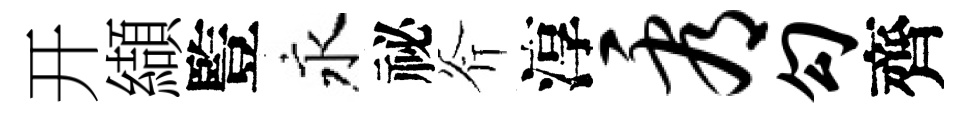
开纈䜿永祕斧淳看勾齊